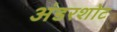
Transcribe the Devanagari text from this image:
अंडरशोट